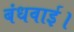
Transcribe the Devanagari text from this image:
बंधवाई।